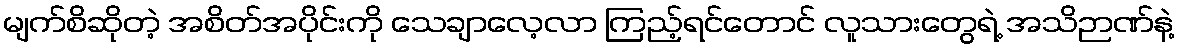
မျက်စိဆိုတဲ့ အစိတ်အပိုင်းကို သေချာလေ့လာ ကြည့်ရင်တောင် လူသားတွေရဲ့ အသိဉာဏ်နဲ့